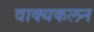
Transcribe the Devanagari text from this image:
वाक्यकलन